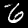
Label: 6